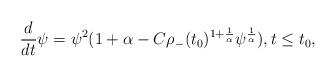
LaTeX: \begin{align*}\frac{d}{d t} \psi = \psi^2(1+\alpha-C\rho_-(t_0)^{1+\frac 1\alpha}\psi^{\frac 1\alpha}), t \leq t_0,\end{align*}